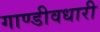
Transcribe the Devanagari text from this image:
गाण्डीवधारी